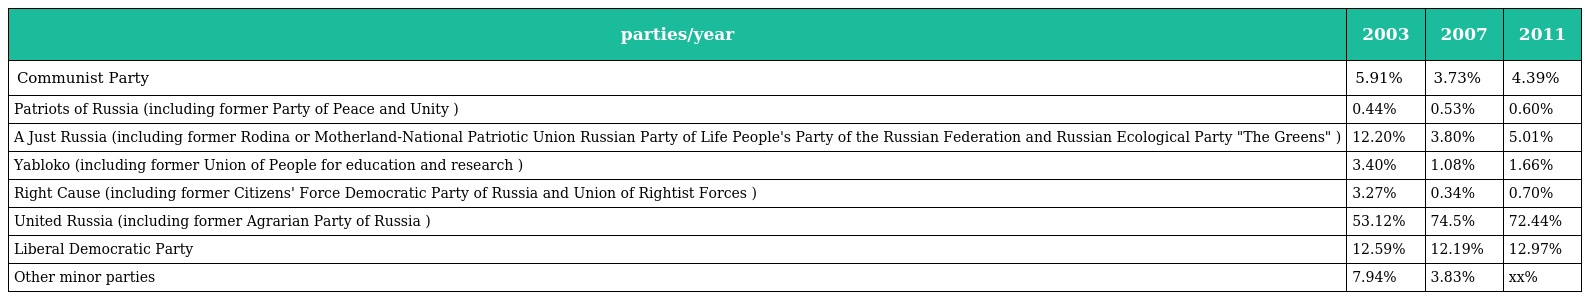
| parties/year | 2003 | 2007 | 2011 |
 | --- | --- | --- | --- |
 | Communist Party | 5.91% | 3.73% | 4.39% |
 | Patriots of Russia (including former Party of Peace and Unity ) | 0.44% | 0.53% | 0.60% |
 | A Just Russia (including former Rodina or Motherland-National Patriotic Union Russian Party of Life People's Party of the Russian Federation and Russian Ecological Party "The Greens" ) | 12.20% | 3.80% | 5.01% |
 | Yabloko (including former Union of People for education and research ) | 3.40% | 1.08% | 1.66% |
 | Right Cause (including former Citizens' Force Democratic Party of Russia and Union of Rightist Forces ) | 3.27% | 0.34% | 0.70% |
 | United Russia (including former Agrarian Party of Russia ) | 53.12% | 74.5% | 72.44% |
 | Liberal Democratic Party | 12.59% | 12.19% | 12.97% |
 | Other minor parties | 7.94% | 3.83% | xx% |